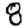
Digit: 8